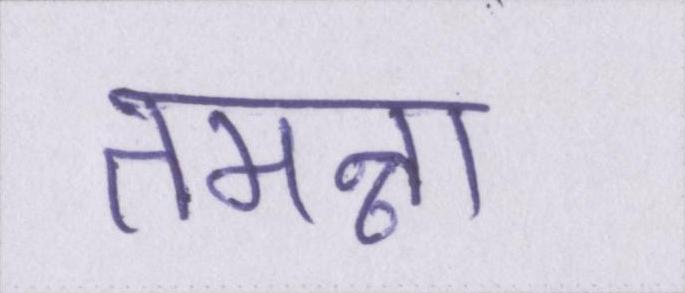
तमन्ना